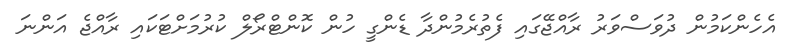
އެހެންކަމުން ދުވަސްވަރު ރާއްޖޭގައި ފެތުރެމުންދާ ޑެންގީ ހުން ކޮންޓްރޯލް ކުރުމަށްޓަކައި ރާއްޖެ އަންނަ